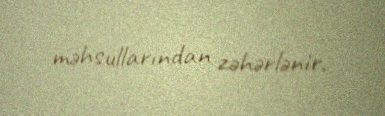
məhsullarından zəhərlənir.